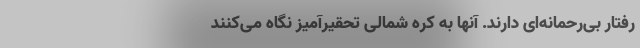
رفتار بی‌رحمانه‌ای دارند. آنها به کره شمالی تحقیرآمیز نگاه می‌کنند